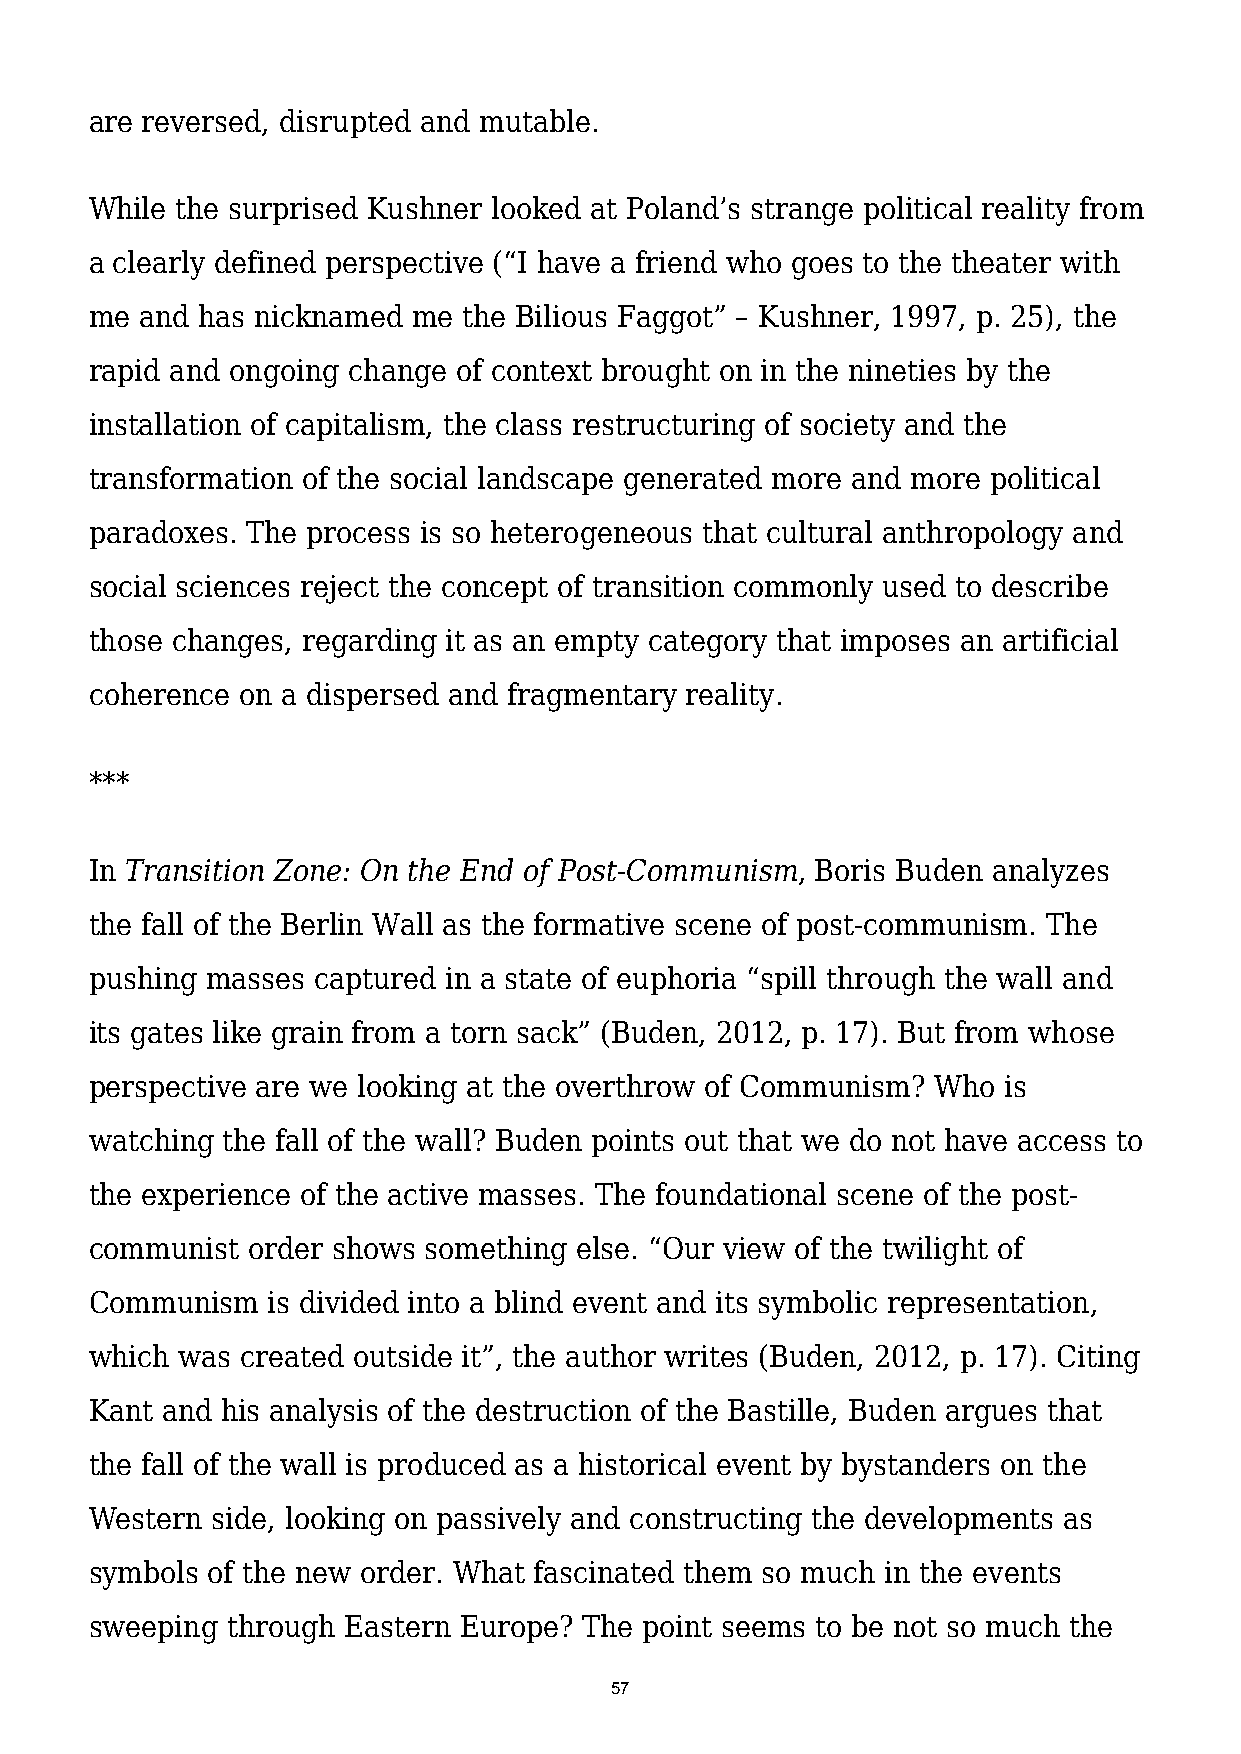
are reversed, disrupted and mutable.
 While the surprised Kushner looked at Poland’s strange political reality from
 a clearly defined perspective (“I have a friend who goes to the theater with
 me and has nicknamed me  the Bilious Faggot” – Kushner, 1997, p. 25), the
 rapid and ongoing change of context brought on in the nineties by the
 installation of capitalism, the class restructuring of society and the
 transformation of the social landscape generated more and more political
 paradoxes. The process is so heterogeneous that cultural anthropology and
 social sciences reject the concept of transition commonly used to describe
 those changes, regarding it as an empty category that imposes an artificial
 coherence on a dispersed and fragmentary reality.
 ***
 In Transition Zone: On the End of Post-Communism, Boris Buden analyzes
 the fall of the Berlin Wall as the formative scene of post-communism. The
 pushing masses captured in a state of euphoria “spill through the wall and
 its gates like grain from a torn sack” (Buden, 2012, p. 17). But from whose
 perspective are we looking at the overthrow of Communism? Who is
 watching the fall of the wall? Buden points out that we do not have access to
 the experience of the active masses. The foundational scene of the post-
 communist order shows something else. “Our view of the twilight of
 Communism   is divided into a blind event and its symbolic representation,
 which was created outside it”, the author writes (Buden, 2012, p. 17). Citing
 Kant and his analysis of the destruction of the Bastille, Buden argues that
 the fall of the wall is produced as a historical event by bystanders on the
 Western side, looking on passively and constructing the developments as
 symbols of the new order. What fascinated them so much in the events
 sweeping through Eastern Europe? The point seems to be not so much the
 57